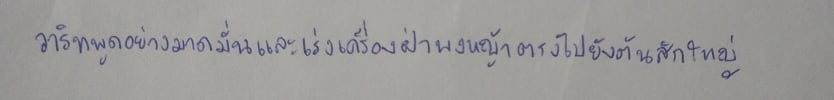
วาริทพูดอย่างมาดมั่นและเร่งเครื่องฝ่าพงหญ้าตรงไปยังต้นสักใหญ่